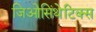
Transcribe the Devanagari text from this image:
जिओसिंथेटिक्स